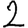
Digit: 2